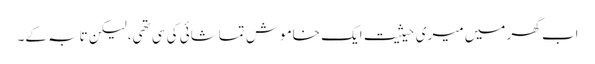
اب گھر میں میری حیثیت ایک خاموش تماشائی کی سی تھی،لیکن تابہ کے۔